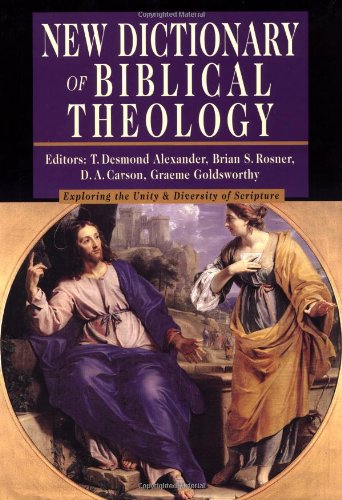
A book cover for New Dictionary of Biblical Theology: Exploring the Unity  Diversity of Scripture (IVP Reference Collection); Christian Books & Bibles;